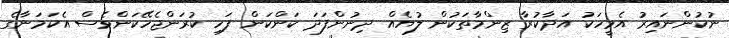
ނުކުންނައިރު އެމީހަކު އަދާކުރާ ޒިންމާތަކުން ލުޔެއް ދިނުންފަދަ ކަންކަން ފަހި ކުރަންޖެހޭކަންވެސް އެކަމަނާގެ